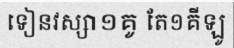
ទៀនវស្សា១គូ តែ១គីឡូ